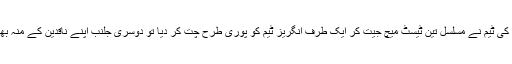
اسٹیو اسمتھ اور اُن کی ٹیم نے مسلسل تین ٹیسٹ میچ جیت کر ایک طرف انگریز ٹیم کو پوری طرح چِت کر دیا تو دوسری جلنب اپنے ناقدین کے منہ بھی بند کر دیے ہیں۔